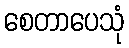
စေတာပေသုံ